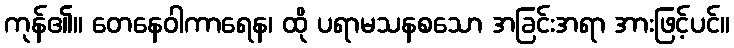
ကုန်၏။ တေနေဝါကာရေန၊ ထို ပရာမသနစသော အခြင်းအရာ အားဖြင့်ပင်။